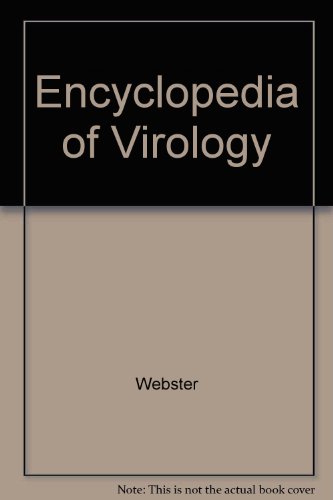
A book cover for Encyclopedia of Virology; Robert G. Webster; Medical Books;